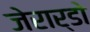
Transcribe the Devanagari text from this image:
जेरार्डो